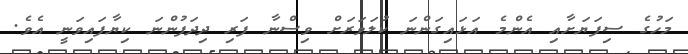
މަހުގެ ސިފަޔަށާއި އެންމެ އަޅައިގަންނަ ކުލަވަރަށް ވިސްނާ ފަރި ދިދަފުންނަ ކިޔާފައިވަނީ އެވެ.